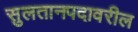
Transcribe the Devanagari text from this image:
सुलतानपदावरील